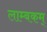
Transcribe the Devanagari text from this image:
लाम्बकम्